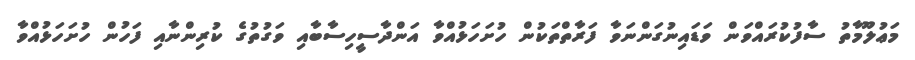
މަޢުލޫމާތު ސާފުކުރައްވަން ވަޑައިނުގަންނަވާ ފަރާތްތަކުން ހުށަހަޅުއްވާ އަންދާސީހިސާބާއި ވަގުތުގެ ކުރިންނާއި ފަހުން ހުށަހަޅުއްވާ